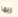
ربما